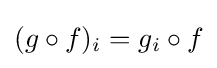
(g\circ f)_{i}=g_{i}\circ f